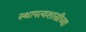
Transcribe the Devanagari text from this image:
स्थापत्यशास्रीच्या